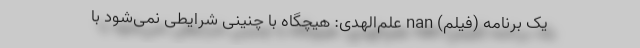
یک برنامه (فیلم) nan علم‌الهدی: هیچگاه با چنینی شرایطی نمی‌شود با